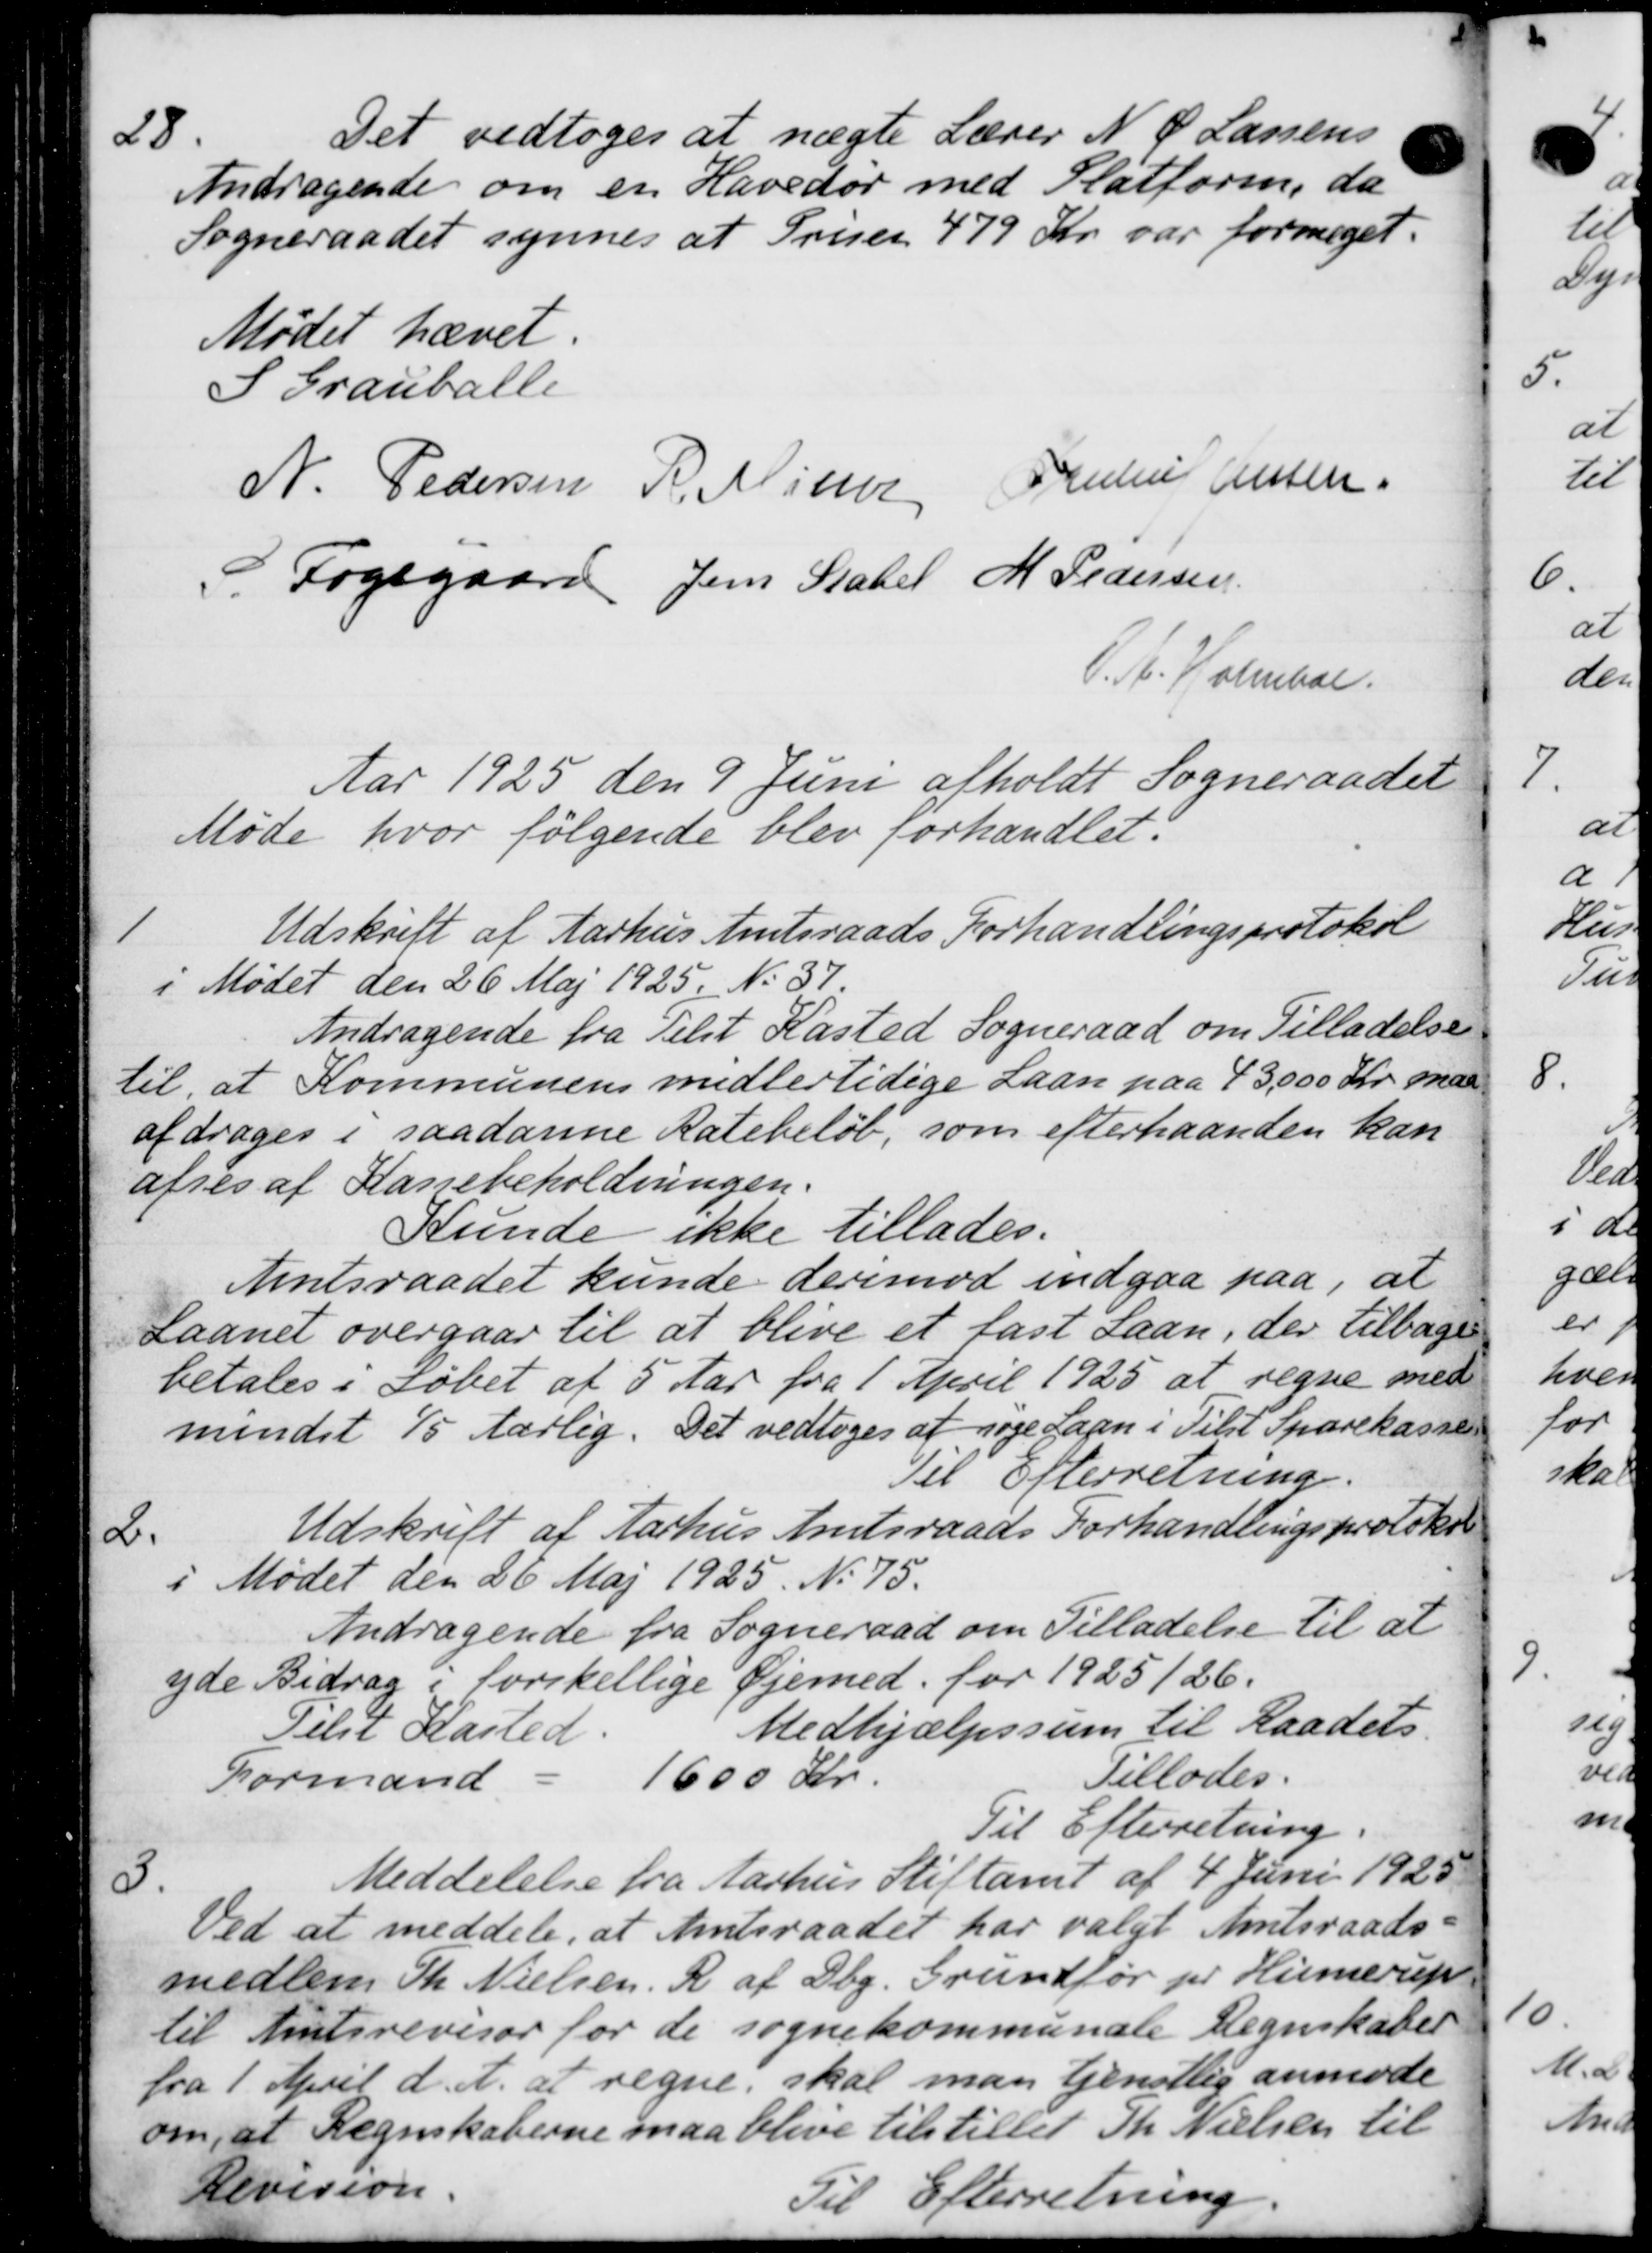
Transskription:
28.
Det vedtoges at nægte Lærer N. P. Larsens
Andragende om en Havedør med Slatform, da
Sogneraadet synnes at Prisen 479 Kr. var for meget.
Mødet hævet.
S Grauballe
N. Pedersen R. Nieler Baudius Jensen
Fogsgaard Jens Statel M Pedersen
V. A. Holmbar.
Aar 1925 den 9 Juni afholdt Sogneraadet
Møde hvor følgende blev forhandlet:
1
Udskrift af Aarhus Amtsraads Forhandlingsprotokol
i Mødet den 26 Maj 1925. No 37
Andragende fra Tilst Kasted Sogneraad om Tilladelse
til at Kommunens midlertidige Laan paa 43,000 Kr. maa
afdrages i saadanne Ratebeløb, som efterhaanden kan
afses af Kassebeholdningen.
Kunde ikke tillades.
Amtsraadet kunde derimod indgaa paa, at
Laanet overgaar til at blive et fast Laan, der tilbage
betales i Løbet af 5 Aar fra 1 April 1925 at regne med
mindet 15 Aarlig. Det vedtoges at søge Laan i Tilst Sparekasse
Til Efterretning.
2.
Udskrift af Aarhus Amtsraads Forhandlingsprotokol
1 Mødet den 26 Maj 1925. No 75.
Andragende fra Sogneraad om Tilladelse til at
yde Bidrag i forskellige Øjemed for 1925/26.
Medhjælpssum til Raadets
Telst Kasted.
Formand " 1600 Kr. Tillodes.
Til Efterretning.
3.
Meddelelse fra Aarhus Stiftamt af 4 Juni 1925
Ved at meddele, at Amtsraadet har valgt Amtsraads-
medlem Th. Nielsen. R. af Dag. Grundfør pr Hunderup
til Amtsrevisor for de sognekommunale Regnskabet
fra 1 April d. A. at regne, skal man tjenstlig anmode
om, at Regnskaberne maa blive tilstillet Th. Nielsen til
Revision.
Til Efterretning.

8

10.
M. a
And